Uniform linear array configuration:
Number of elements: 12
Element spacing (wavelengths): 0.75
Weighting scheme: exponential
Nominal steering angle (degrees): -30
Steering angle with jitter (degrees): -28.97
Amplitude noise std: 0.05
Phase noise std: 0.05

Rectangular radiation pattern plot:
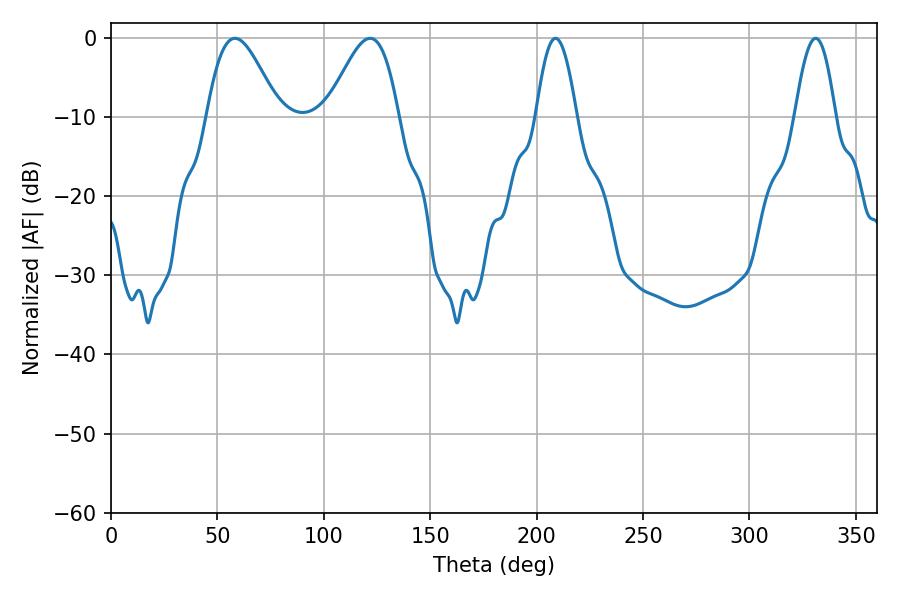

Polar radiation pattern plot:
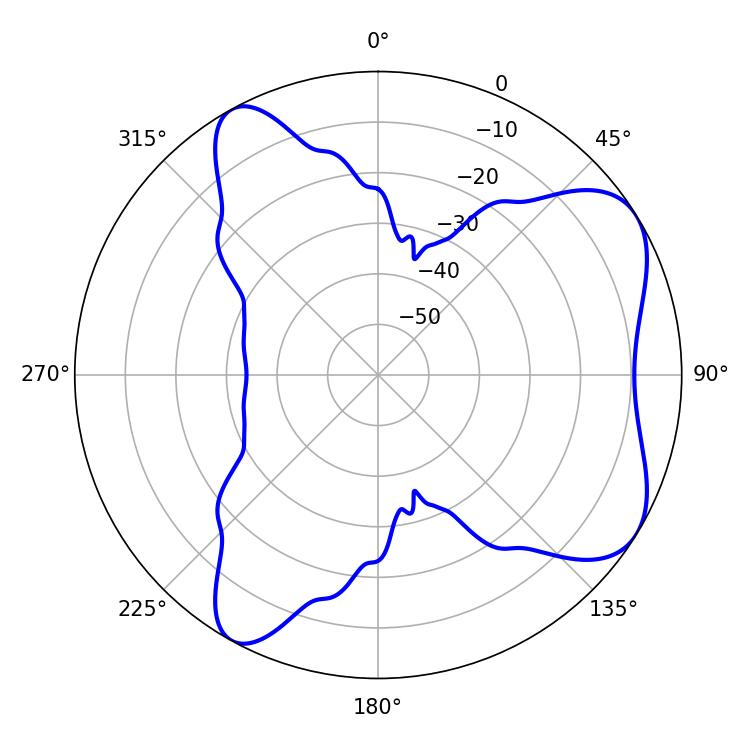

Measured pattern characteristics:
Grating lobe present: TRUE
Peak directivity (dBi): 6.565
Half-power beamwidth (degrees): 17.82
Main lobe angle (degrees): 58.32